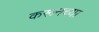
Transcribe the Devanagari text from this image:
करूनच्या